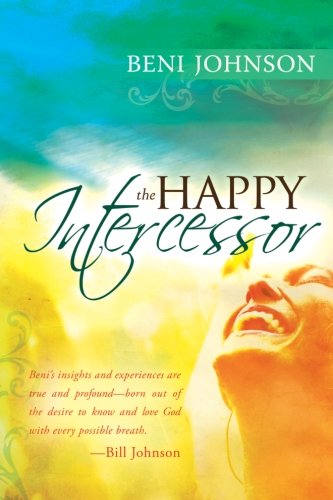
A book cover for The Happy Intercessor; Beni Johnson; Christian Books & Bibles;